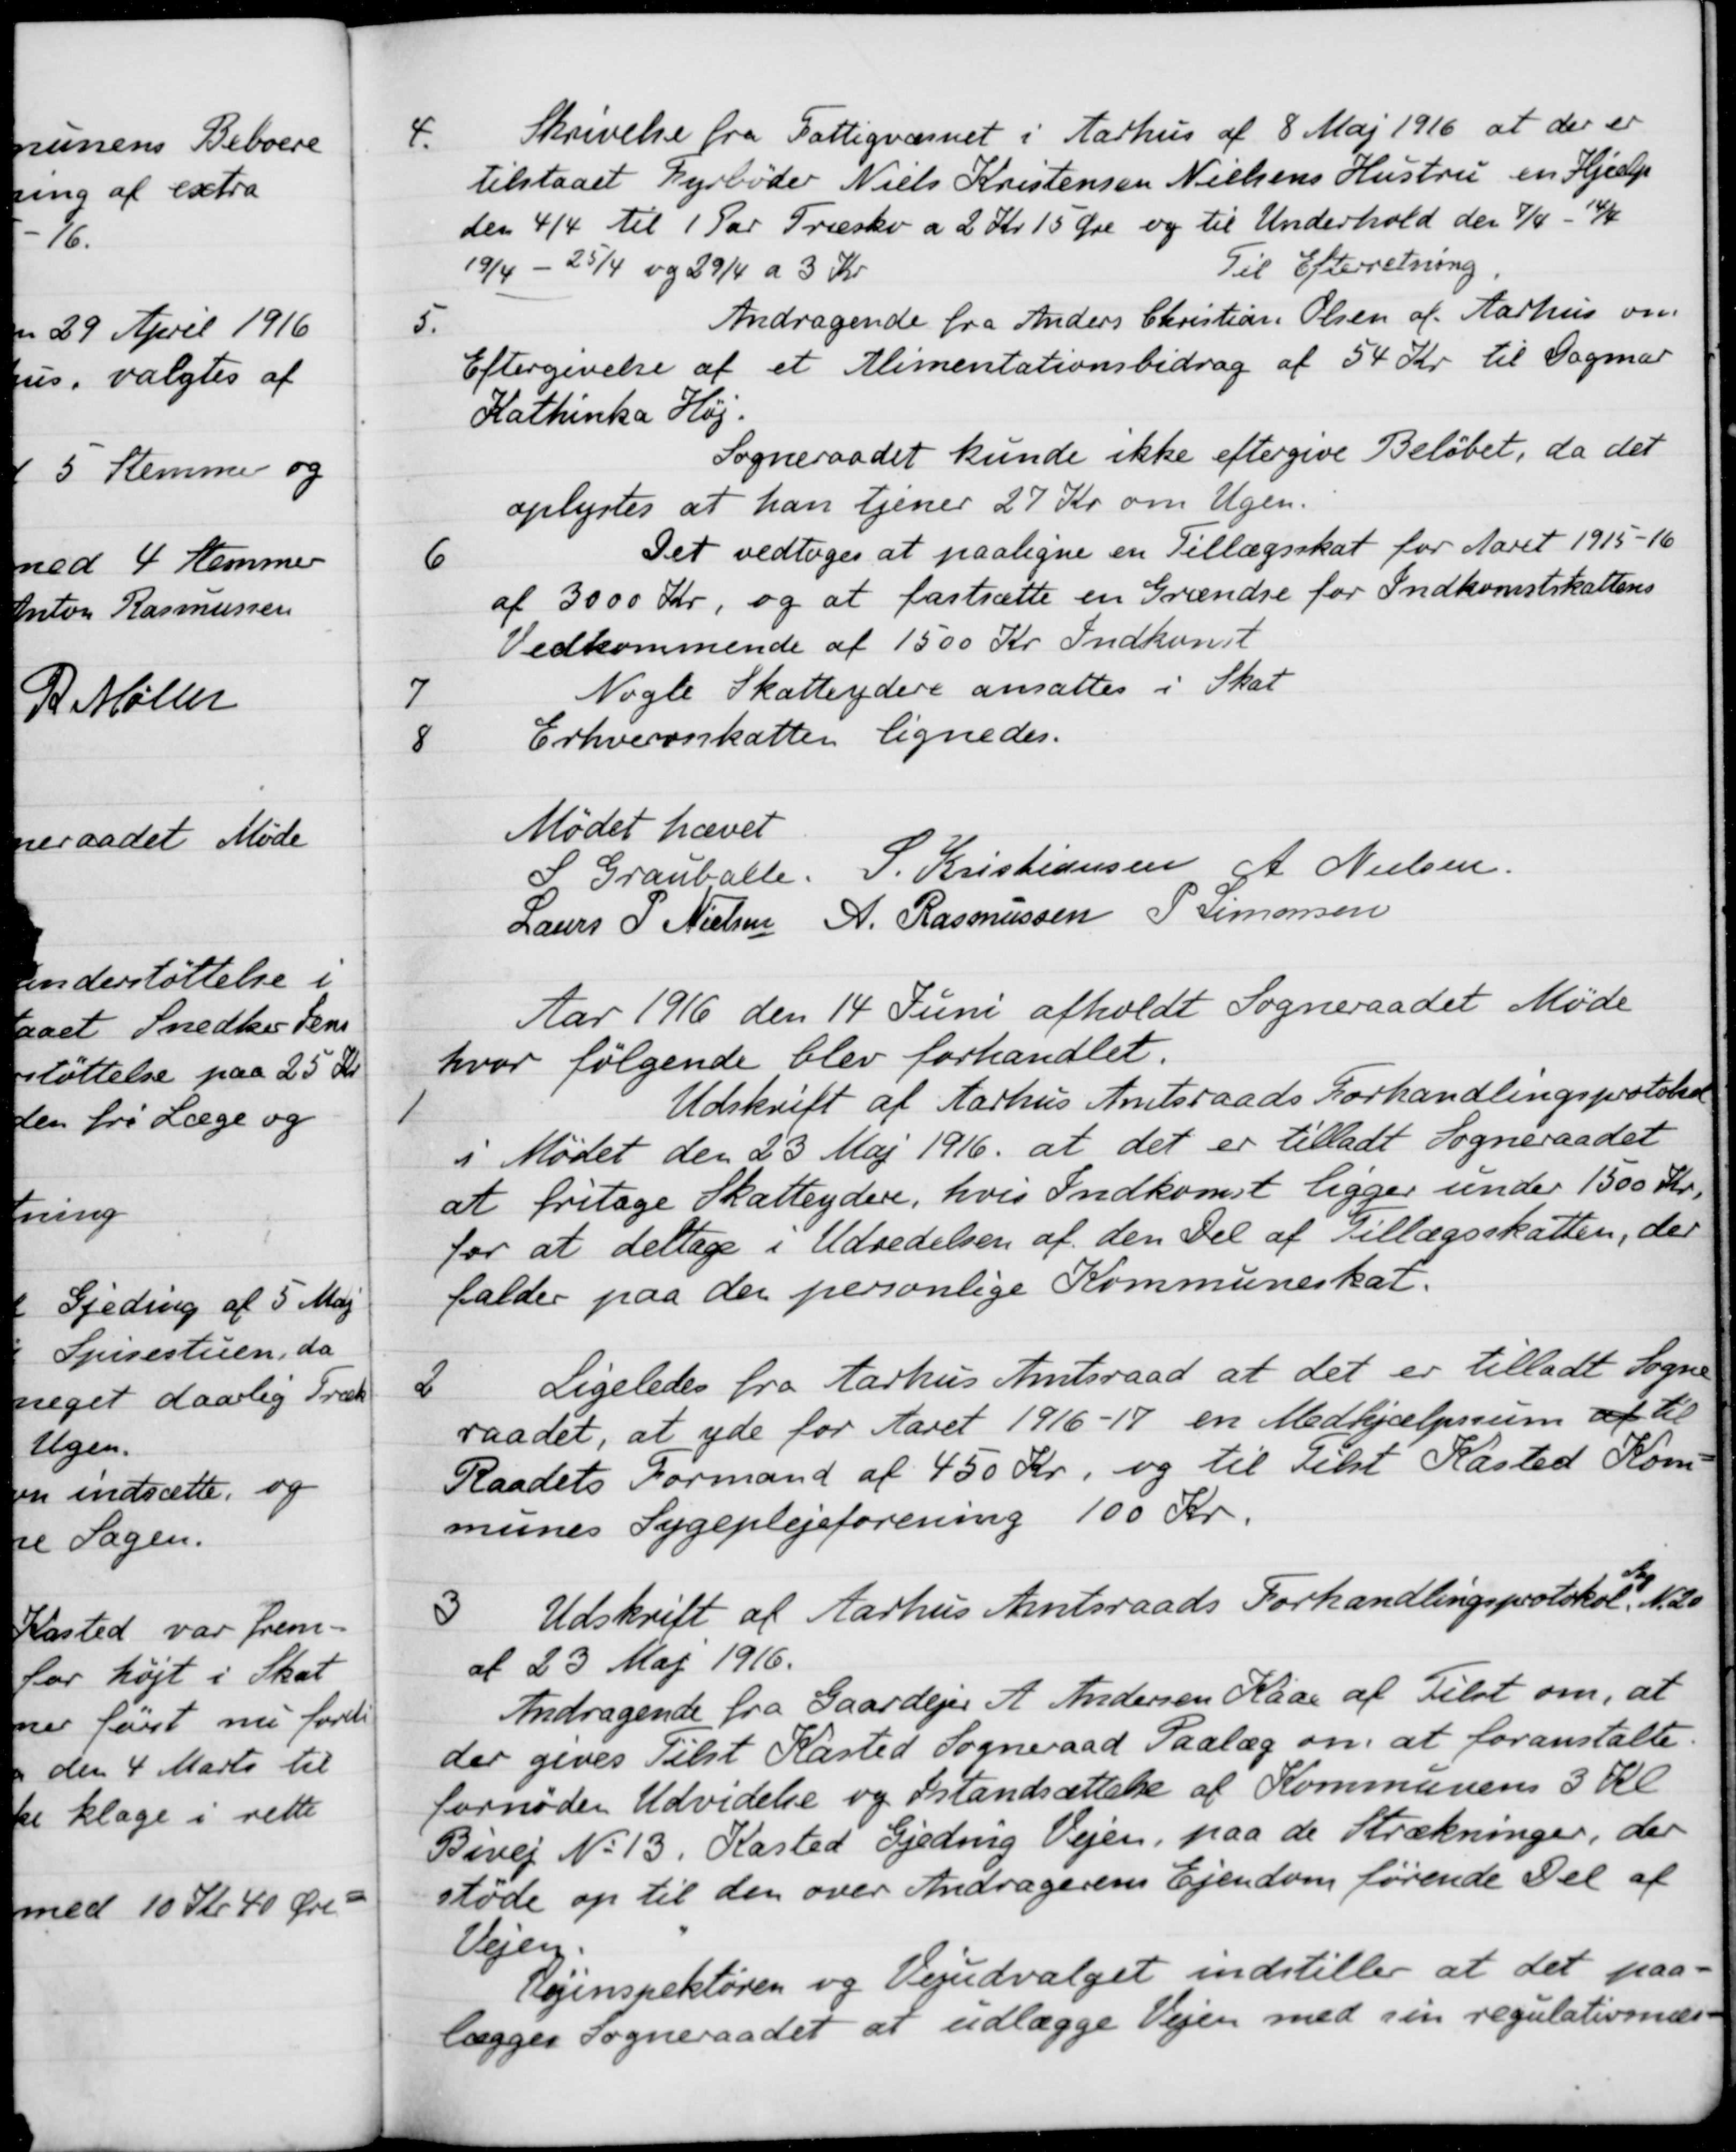
Transskription:
4.
Skrivelse fra Fattigvæsnet i Aarhus af 8 Maj 1916 at der er
tilstaaet Fyrbøder Niels Kristensen Nielsens Hustru en Hjælp
den 4/4 til 1 Par Træsko a 2 Kr 15 Øre og til Underhold den 7/4 - 14/4
19/4 - 25/4 og 29/4 á 3 Kr
Til Efterretning
5.
Andragende fra Anders Christian Olsen af Aarhus om
Eftergivelse af et Alimentationsbidrag af 54 Kr. til Dagmar
Kathinka Høj.
Sogneraadet kunde ikke eftergive Beløbet, da det
oplystes at han tjener 27 Kr om Ugen.
6
Det vedtoges at paaligne en Tillægsskat for Aaret 1915-16
af 3000 Kr, og at fastsætte en Grændse for Indkomstskattens
Vedkommende af 1500 Kr Indkomst
7
Nogle Skatteydere ansattes i Skat
8
Erhvervsskatten lignedes.
Mødet hævet
S Grauballe.
S. Kristiansen
A. Nielsen
Laurs P Nielsen
A. Rasmussen
P. Simonsen
Aar 1916 den 14 Juni afholdt Sogneraadet Møde
hvor følgende blev forhandlet.
1
Udskrift af Aarhus Amtsraads Forhandlingsprotokol
i Mødet den 23 Maj 1916 at det er tilladt Sogneraadet
at fritage Skatteydere, hvis Indkomst ligger under 1500 Kr.
for at deltage i Udredelsen af den Del af Tillægsskatten, der
falder paa den personlige Kommuneskat.
2
Ligeledes fra Aarhus Amtsraad at det er tilladt Sogne
raadet, at yde for Aaret 1916-17 en Medhjælpssum af til
Raadets Formand af 450 Kr, og til Tilst Kasted Kom-
munes Sygeplejeforening 100 Kr.
3
Udskrift af Aarhus Amtsraads Forhandlingsprotokol.  Sag N. 20
af 23 Maj 1916.
Andragende fra Gaardejer A. Andersen Kaae af Tilst om, at
der gives Tilst Kasted Sogneraad Paalæg om at foranstalte.
fornøden Udvidelse og Istandsættelse af Kommunens 3 Kl
Bivej No 13. Kasted Gjedning Vejen, paa de Strækninger, der
støde op til den over Andragerens Ejendom førende Del af
Vejen.
Vejinspektøren og Vejudvalget indstiller at det paa-
lægges Sogneraadet at udlægge Vejen med sin regulativmæs-